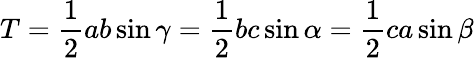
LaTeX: T={\frac{1}{2}}ab\sin\gamma={\frac{1}{2}}bc\sin\alpha={\frac{1}{2}}ca\sin\beta